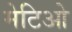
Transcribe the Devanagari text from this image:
मेटिओ